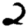
Digit: 2